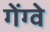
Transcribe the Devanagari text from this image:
गेंग्वे